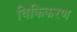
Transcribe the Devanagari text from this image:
विकिकरण